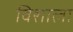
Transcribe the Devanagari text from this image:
विेशाला